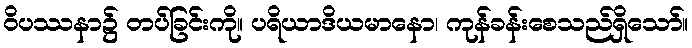
ဝိပဿနာ၌ တပ်ခြင်းကို။ ပရိယာဒိယမာနော၊ ကုန်ခန်းစေသည်ရှိသော်။